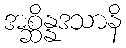
အစ္ဆိန္နဒသာနိ